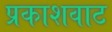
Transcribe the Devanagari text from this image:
प्रकाशवाट